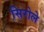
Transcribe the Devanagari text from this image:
सिरोले